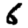
Digit: 6